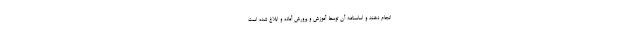
انجام دهند و اساسنامه آن توسط آموزش و پرورش آماده و ابلاغ شده است